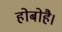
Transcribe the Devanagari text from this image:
होबोहै।